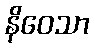
နိဝေသာ